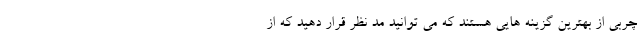
چربی از بهترین گزینه هایی هستند که می توانید مد نظر قرار دهید که از